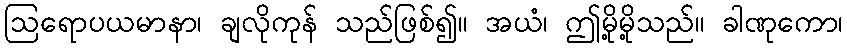
ဩရောပယမာနာ၊ ချလိုကုန် သည်ဖြစ်၍။ အယံ၊ ဤမို့မို့သည်။ ခါဏုကော၊